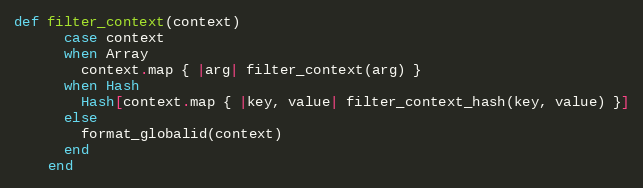
Language: Ruby
def filter_context(context)
      case context
      when Array
        context.map { |arg| filter_context(arg) }
      when Hash
        Hash[context.map { |key, value| filter_context_hash(key, value) }]
      else
        format_globalid(context)
      end
    end